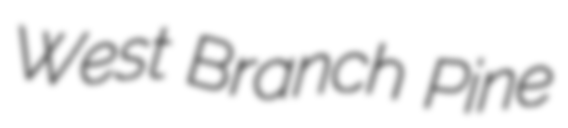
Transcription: West Branch Pine